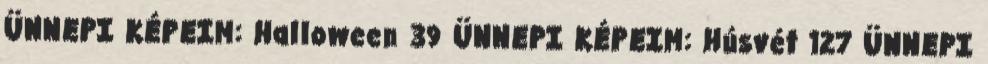
ÜNNEPI KÉPEIM: Halloween 39 ÜNNEPI KÉPEIM: Húsvét 127 ÜNNEPI